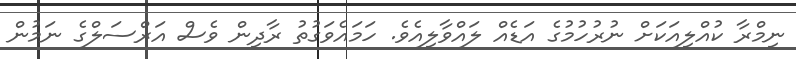
ނިމްރާ ކުއްލިއަކަށް ނުރުހުމުގެ އަޑެއް ލައްވާލިއެވެ. ހަމައެވަގުތު ރާދިން ވެސް އަރްސަލްގެ ނަމުން